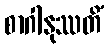
စာဂါနုဿတိံ